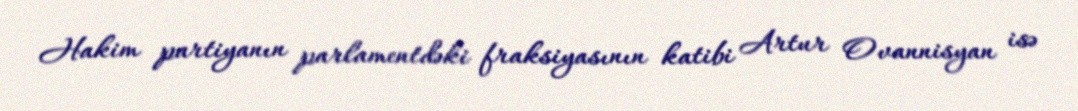
Hakim partiyanın parlamentdəki fraksiyasının katibi Artur Ovannisyan isə